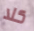
كلا